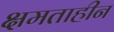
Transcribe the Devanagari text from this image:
क्षमताहीन